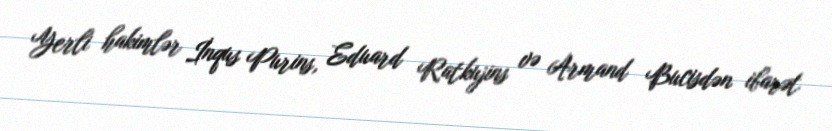
Yerli hakimlər İnqus Purins, Eduard Ratkujins və Armand Bucisdən ibarət